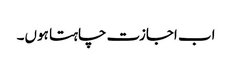
اب اجازت چاہتا ہوں۔